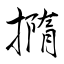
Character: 撱